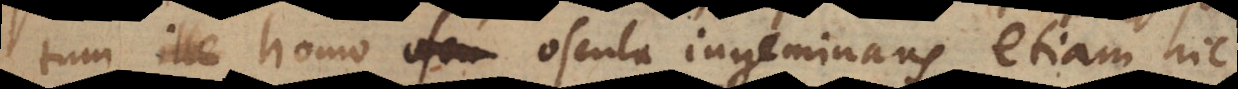
tum homo oscula ingeminans, etiam hic